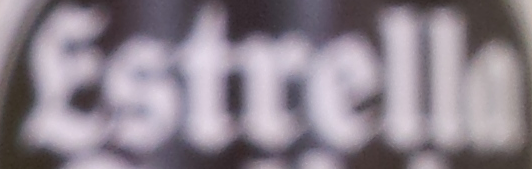
Estrella